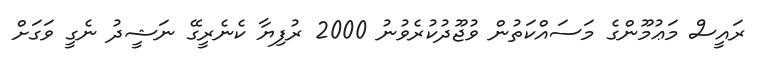
ރައީސް މަޢުމޫންގެ މަސައްކަތުން ވުޖޫދުކުރެވުނު 2000 ރުފިޔާ ކެނެރީގޭ ނަޝީދު ނެގީ ވަގަށް